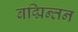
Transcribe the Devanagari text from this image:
बद्मिन्तन